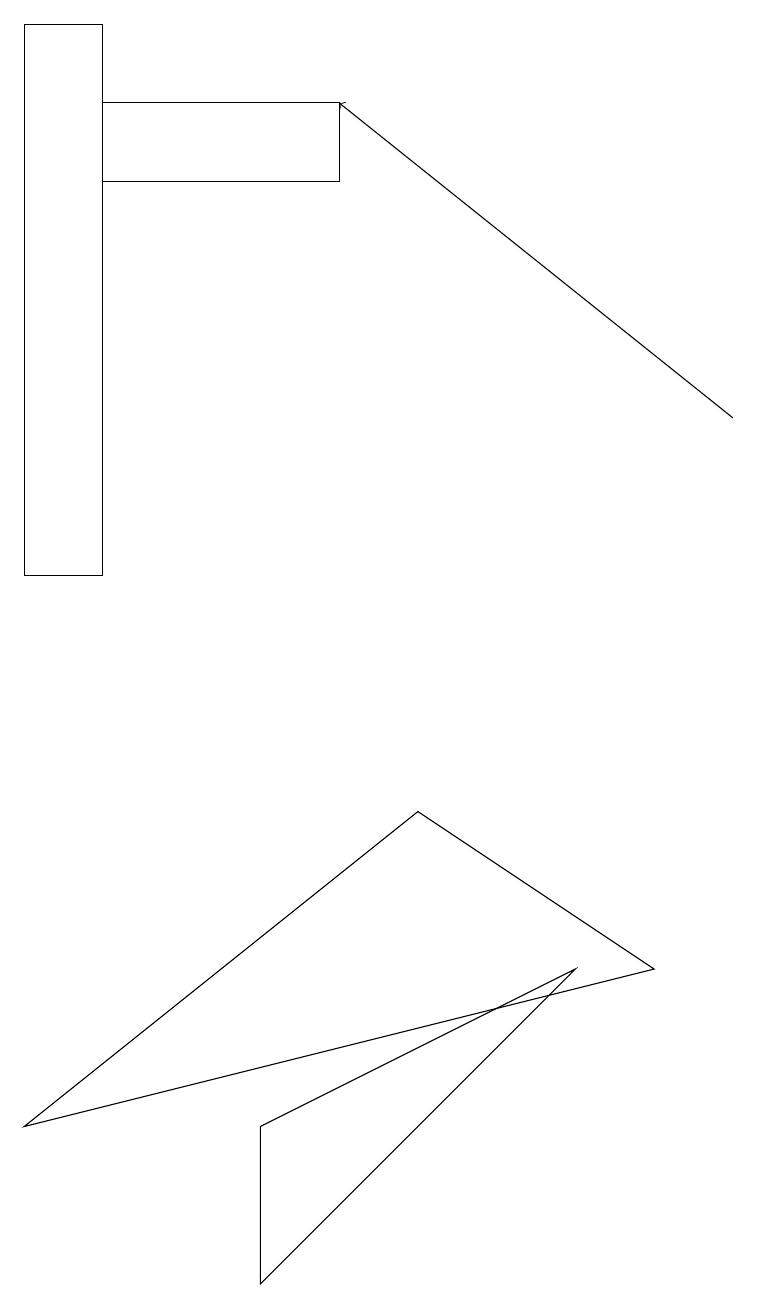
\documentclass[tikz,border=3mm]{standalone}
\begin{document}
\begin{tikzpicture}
\draw (0,4) -- (8,6) -- (5,8) -- cycle;
\draw[->] (9,13) -- (4,17);
\draw (3,4) -- (7,6) -- (3,2) -- cycle;
\draw (0,11) rectangle (1,18);
\draw (1,17) rectangle (4,16);
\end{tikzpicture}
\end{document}